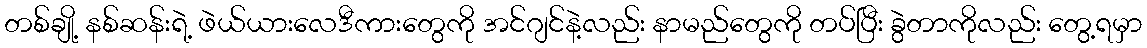
တစ်ချို့ နစ်ဆန်းရဲ့ ဖဲယ်ယားလေဒီကားတွေကို အင်ဂျင်နဲ့လည်း နာမည်တွေကို တပ်ပြီး ခွဲတာကိုလည်း တွေ့ရမှာ